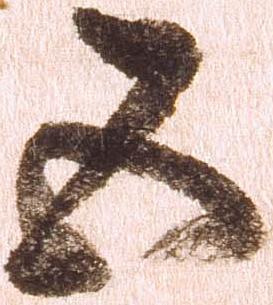
五